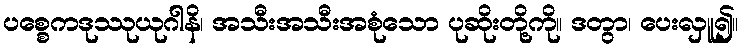
ပစ္စေကဒုဿုယုဂါနိ၊ အသီးအသီးအစုံသော ပုဆိုးတို့ကို။ ဒတွာ၊ ပေးလှူ၍။